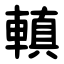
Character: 䡩